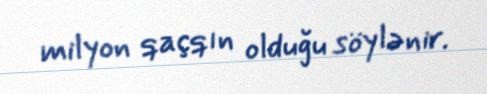
milyon qaçqın olduğu söylənir.